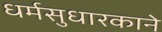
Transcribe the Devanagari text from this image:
धर्मसुधारकाने